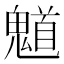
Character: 𮫤